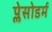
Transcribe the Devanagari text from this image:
प्लेसोडर्म